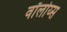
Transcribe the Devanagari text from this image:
वॉलोय्स